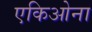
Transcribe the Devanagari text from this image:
एकिओना